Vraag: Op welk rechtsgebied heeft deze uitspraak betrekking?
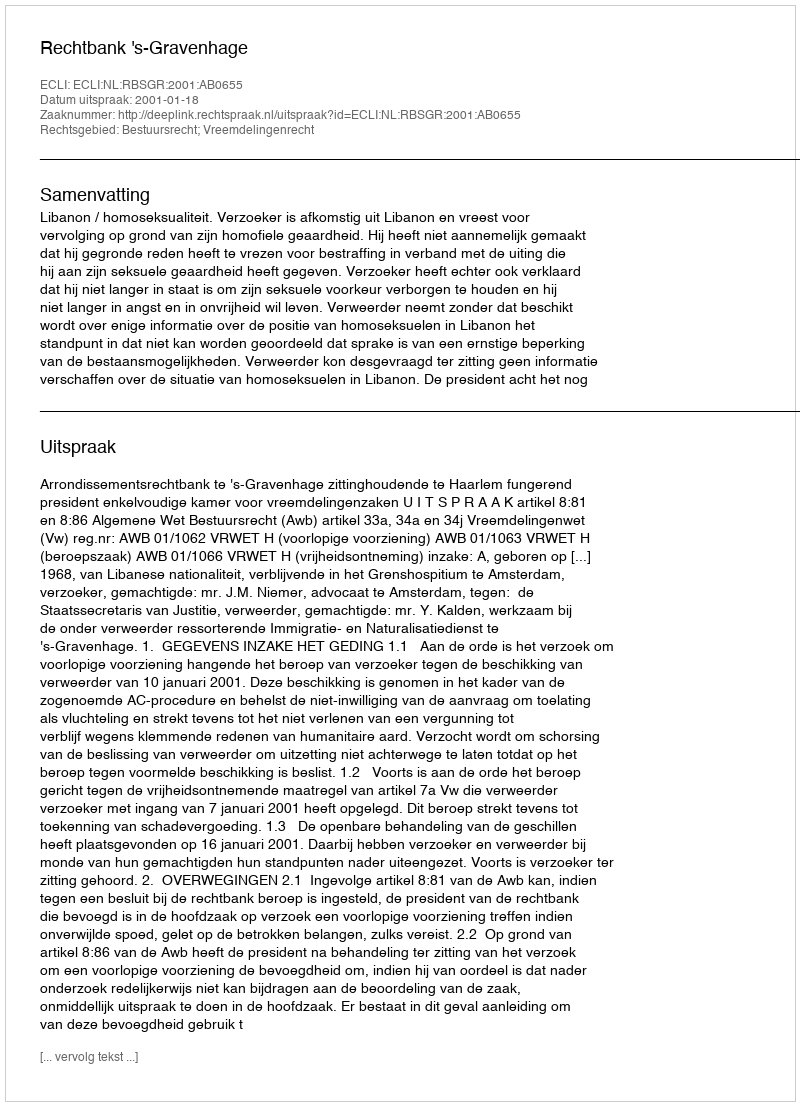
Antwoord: Bestuursrecht; Vreemdelingenrecht